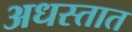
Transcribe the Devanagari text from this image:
अधस्तात